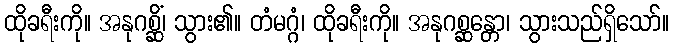
ထိုခရီးကို။ အနုဂစ္ဆိံ၊ သွား၏။ တံမဂ္ဂံ၊ ထိုခရီးကို။ အနုဂစ္ဆန္တော၊ သွားသည်ရှိသော်။